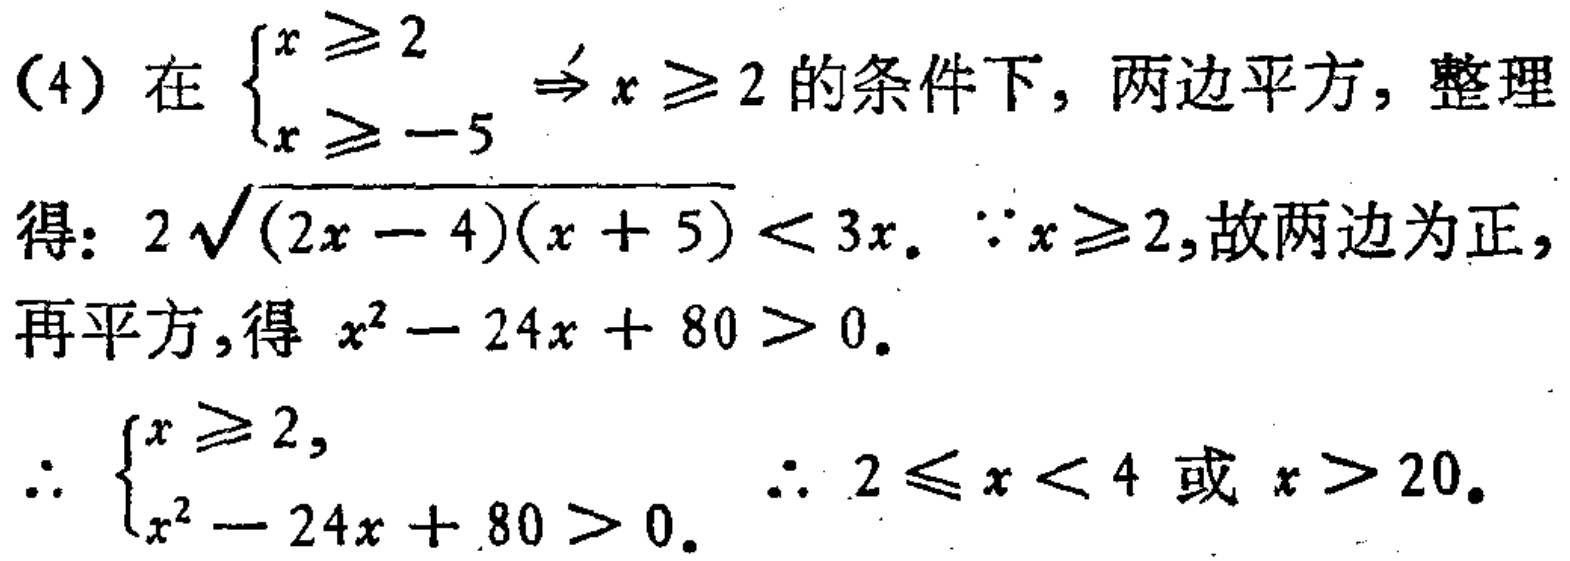
（4）在$\begin{cases}x\geqslant 2 \\ x\geqslant - 5\end{cases}\Rightarrow x\geqslant 2$的条件下，两边平方，整理
得：$2\sqrt{(2x - 4)(x + 5)}<3x$。$\because x\geqslant 2$,故两边为正，
再平方，得$x^{2}-24x + 80>0$。
$\therefore\begin{cases}x\geqslant 2, \\ x^{2}-24x + 80>0.\end{cases}$ $\therefore 2\leqslant x<4$或$x>20$。